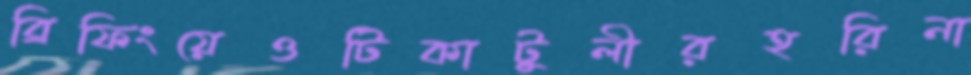
ব্রিফিংয়েওটিকাটুলীরহরিনা